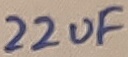
Text: 22uF